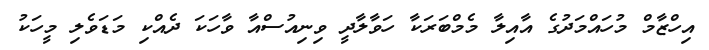
އިހްޒާމް މުހައްމަދުގެ އާއިލާ މެމްބަރަކާ ހަވާލާދީ ވިނިއުސްއާ ވާހަކަ ދެއްކި މަޑަވެލި މީހަކު